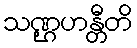
သဏ္ဌဟန္တီတိ